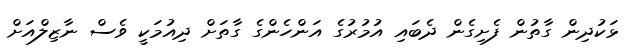
ޅަކުދިން ގާތުން ފެށިގެން ދެބައި އުމުރުގެ އަންހެންގެ ގާތަށް ދިއުމަކީ ވެސް ނާޒިލްއަށް